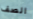
الصف